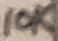
Text: 10K